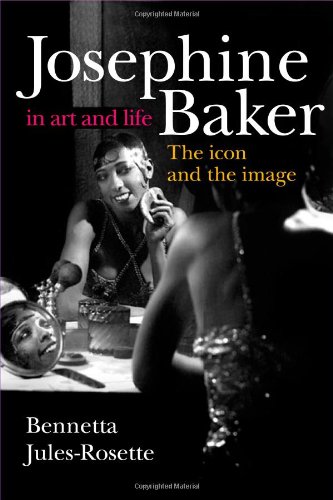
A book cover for Josephine Baker in Art and Life: The Icon and the Image; Bennetta Jules-Rosette; Biographies & Memoirs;